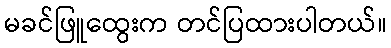
မခင်ဖြူထွေးက တင်ပြထားပါတယ်။